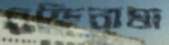
চুক্তিনামা